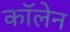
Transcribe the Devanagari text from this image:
कॉलेन